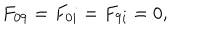
\begin{array} { c } { { F _ { 0 9 } = F _ { 0 i } = F _ { 9 i } = 0 , } } \\ \end{array}